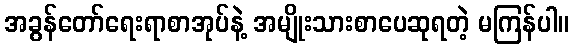
အခွန်တော်ရေးရာစာအုပ်နဲ့ အမျိုးသားစာပေဆုရတဲ့ မကြန်ပါ။